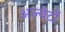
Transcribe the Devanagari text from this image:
अल्बेर्टों